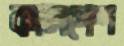
কালপেশ